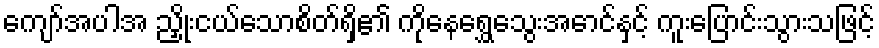
ကျော်အပါအ ညှိုးငယ်သောစိတ်ရှိ၏ ကိုနေရွှေသွေးအောင်နှင့် ကူးပြောင်းသွားသဖြင့်